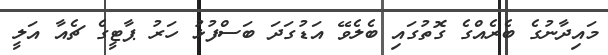
މައިދާނުގެ ބެރެއްގެ ގޮތުގައި ބެލެވޭ އަޑުގަދަ ބަސްފުޅު ހަރު ޕާޓީގެ ޗެއާ އަލީ